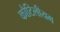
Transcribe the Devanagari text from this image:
कौटिलीयम